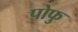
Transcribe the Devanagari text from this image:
पोफु